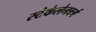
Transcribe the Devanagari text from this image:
स्टेकेलेनबर्ग